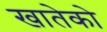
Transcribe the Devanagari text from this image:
खातेको